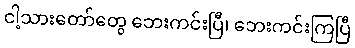
ငါ့သားတော်တွေ ဘေးကင်းပြီ၊ ဘေးကင်းကြပြီ